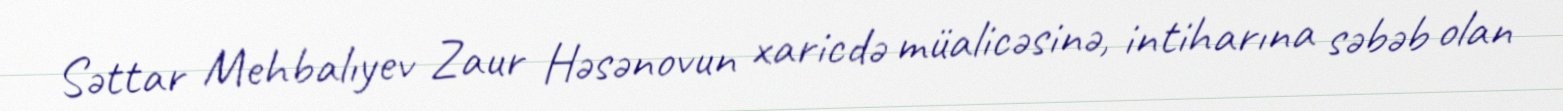
Səttar Mehbalıyev Zaur Həsənovun xaricdə müalicəsinə, intiharına səbəb olan